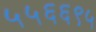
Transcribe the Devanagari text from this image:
५५६६९५